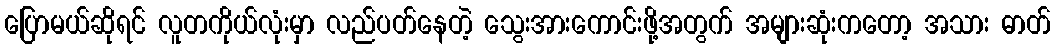
ပြောမယ်ဆိုရင် လူတကိုယ်လုံးမှာ လည်ပတ်နေတဲ့ သွေးအားကောင်းဖို့အတွက် အများဆုံးကတော့ အသား ဓာတ်